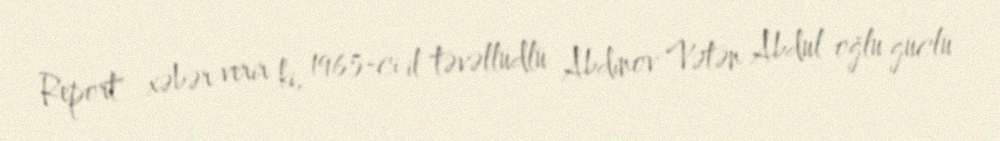
Report" xəbər verir ki, 1965-ci il təvəllüdlü Abdinov Vətən Abdul oğlu güclü